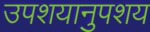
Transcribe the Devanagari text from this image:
उपशयानुपशय